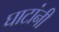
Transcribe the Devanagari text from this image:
घाटांनी